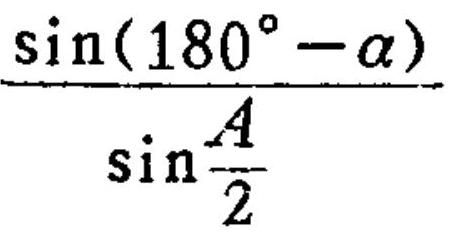
$\dfrac{\sin(180^{\circ}-\alpha)}{\sin\frac{A}{2}}$